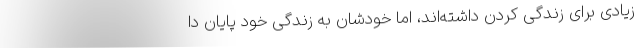
زیادی برای زندگی کردن داشته‌اند، اما خودشان به زندگی خود پایان دا